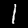
Label: 1